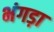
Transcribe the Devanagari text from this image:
भंगड़ा